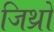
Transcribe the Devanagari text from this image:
जिथ्रो